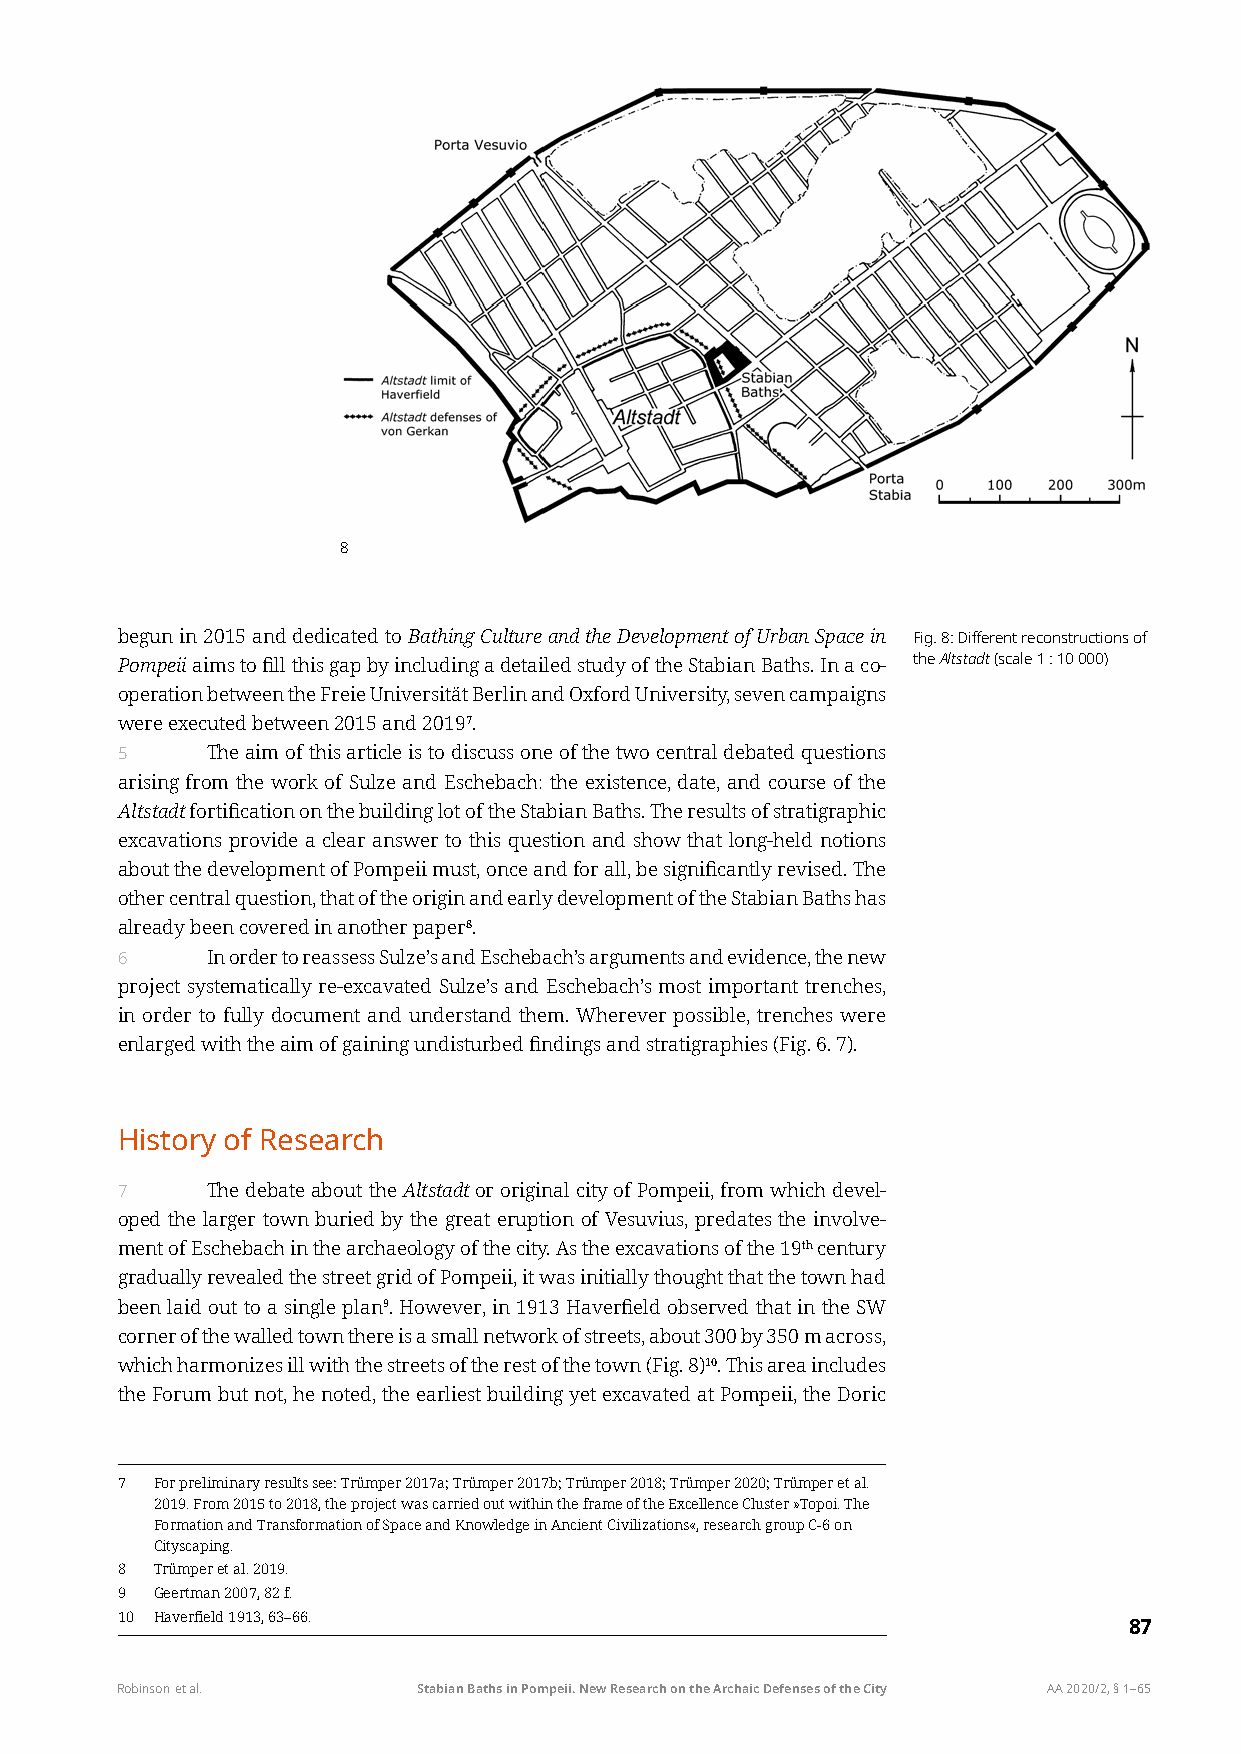
8
 begun in 2015 and dedicated to Bathing Culture and the Development of Urban Space in Fig. 8: Different reconstructions of
 Pompeii aims to fill this gap by including a detailed study of the Stabian Baths. In a co- the Altstadt (scale 1 : 10 000)
 operation between the Freie Universität Berlin and Oxford University, seven campaigns
 were executed between 2015 and 20197.
 5     The aim of this article is to discuss one of the two central debated questions
 arising from the work of Sulze and Eschebach: the existence, date, and course of the
 Altstadt fortification on the building lot of the Stabian Baths. The results of stratigraphic
 excavations provide a clear answer to this question and show that long-held notions
 about the development of Pompeii must, once and for all, be significantly revised. The
 other central question, that of the origin and early development of the Stabian Baths has
 already been covered in another paper8.
 6     In order to reassess Sulze’s and Eschebach’s arguments and evidence, the new
 project systematically re-excavated Sulze’s and Eschebach’s most important trenches,
 in order to fully document and understand them. Wherever possible, trenches were
 enlarged with the aim of gaining undisturbed findings and stratigraphies (Fig. 6. 7).
 History of Research
 7     The debate about the Altstadt or original city of Pompeii, from which devel-
 oped the larger town buried by the great eruption of Vesuvius, predates the involve-
 ment of Eschebach in the archaeology of the city. As the excavations of the 19th century
 gradually revealed the street grid of Pompeii, it was initially thought that the town had
 been laid out to a single plan9. However, in 1913 Haverfield observed that in the SW
 corner of the walled town there is a small network of streets, about 300 by 350 m across,
 which harmonizes ill with the streets of the rest of the town (Fig. 8)10. This area includes
 the Forum but not, he noted, the earliest building yet excavated at Pompeii, the Doric
 7 For preliminary results see: Trümper 2017a; Trümper 2017b; Trümper 2018; Trümper 2020; Trümper et al.
 2019. From 2015 to 2018, the project was carried out within the frame of the Excellence Cluster »Topoi. The
 Formation and Transformation of Space and Knowledge in Ancient Civilizations«, research group C-6 on
 Cityscaping.
 8 Trümper et al. 2019.
 9 Geertman 2007, 82 f.
 10 Haverfield 1913, 63–66.
 87
 Robinson et al.     Stabian Baths in Pompeii. New Research on the Archaic Defenses of the City AA 2020/2, § 1–65